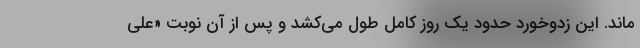
‌ماند. این زدوخورد حدود یک روز کامل طول می‌کشد و پس از آن نوبت «علی